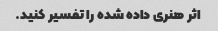
اثر هنری داده شده را تفسیر کنید.